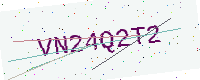
Text: VN24Q2T2